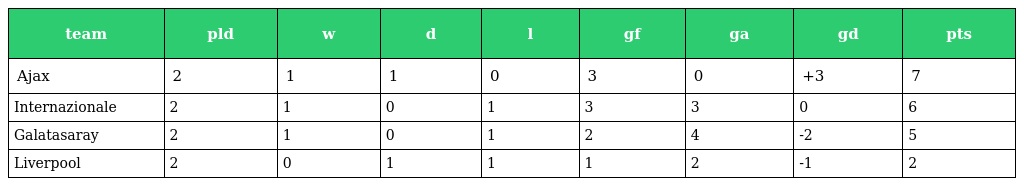
| team | pld | w | d | l | gf | ga | gd | pts |
 | --- | --- | --- | --- | --- | --- | --- | --- | --- |
 | Ajax | 2 | 1 | 1 | 0 | 3 | 0 | +3 | 7 |
 | Internazionale | 2 | 1 | 0 | 1 | 3 | 3 | 0 | 6 |
 | Galatasaray | 2 | 1 | 0 | 1 | 2 | 4 | -2 | 5 |
 | Liverpool | 2 | 0 | 1 | 1 | 1 | 2 | -1 | 2 |